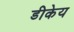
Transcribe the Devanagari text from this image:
डीकेय